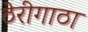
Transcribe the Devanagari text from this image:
ठेरीगाठा